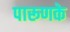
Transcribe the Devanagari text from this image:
पारूणके